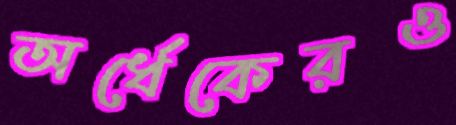
অর্ধেকেরও